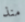
منذ